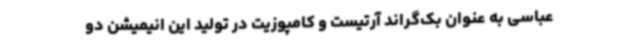
عباسی به عنوان بک‌گراند آرتیست و کامپوزیت در تولید این انیمیشن دو